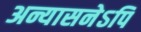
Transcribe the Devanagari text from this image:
अन्यासनेऽपि